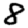
Digit: 8